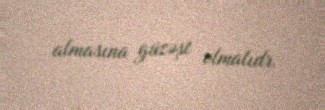
almasına güzəşt olmalıdr.